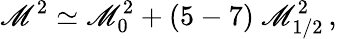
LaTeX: \mathscr{M}^{2}\simeq\mathscr{M}_{0}^{2}+(5-7)~\mathscr{M}_{1/2}^{2}\, ,